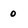
Character: 0